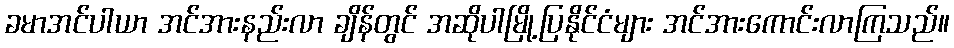
ခမာအင်ပါယာ အင်အားနည်းလာ ချိန်တွင် အဆိုပါမြို့ပြနိုင်ငံများ အင်အားကောင်းလာကြသည်။